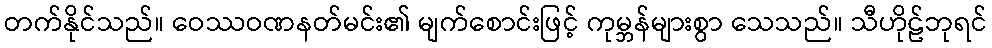
တက်နိုင်သည်။ ဝေဿဝဏနတ်မင်း၏ မျက်စောင်းဖြင့် ကုမ္ဘန်များစွာ သေသည်။ သီဟိုဠ်ဘုရင်